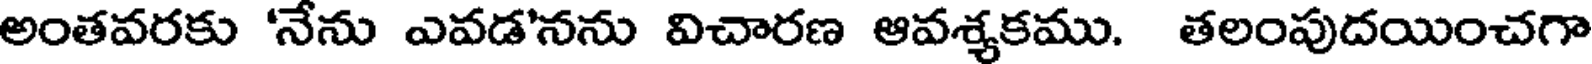
అంతవరకు 'నేను ఎవడ'నను విచారణ ఆవశ్యకము. తలంపుదయించగా